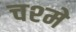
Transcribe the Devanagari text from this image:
चश्‍मे